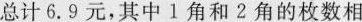
总计6.9元，其中1角和2角的枚数相